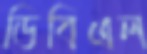
ডিবিএল